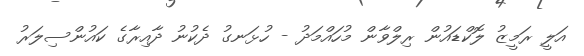
އަލީ ރަމީޒު ލޮކްޑައުން ރިލްވާން މުހައްމަދު - ހުޅަނގު ދެކުނު ދާއިރާގެ ކައުންސިލަރު